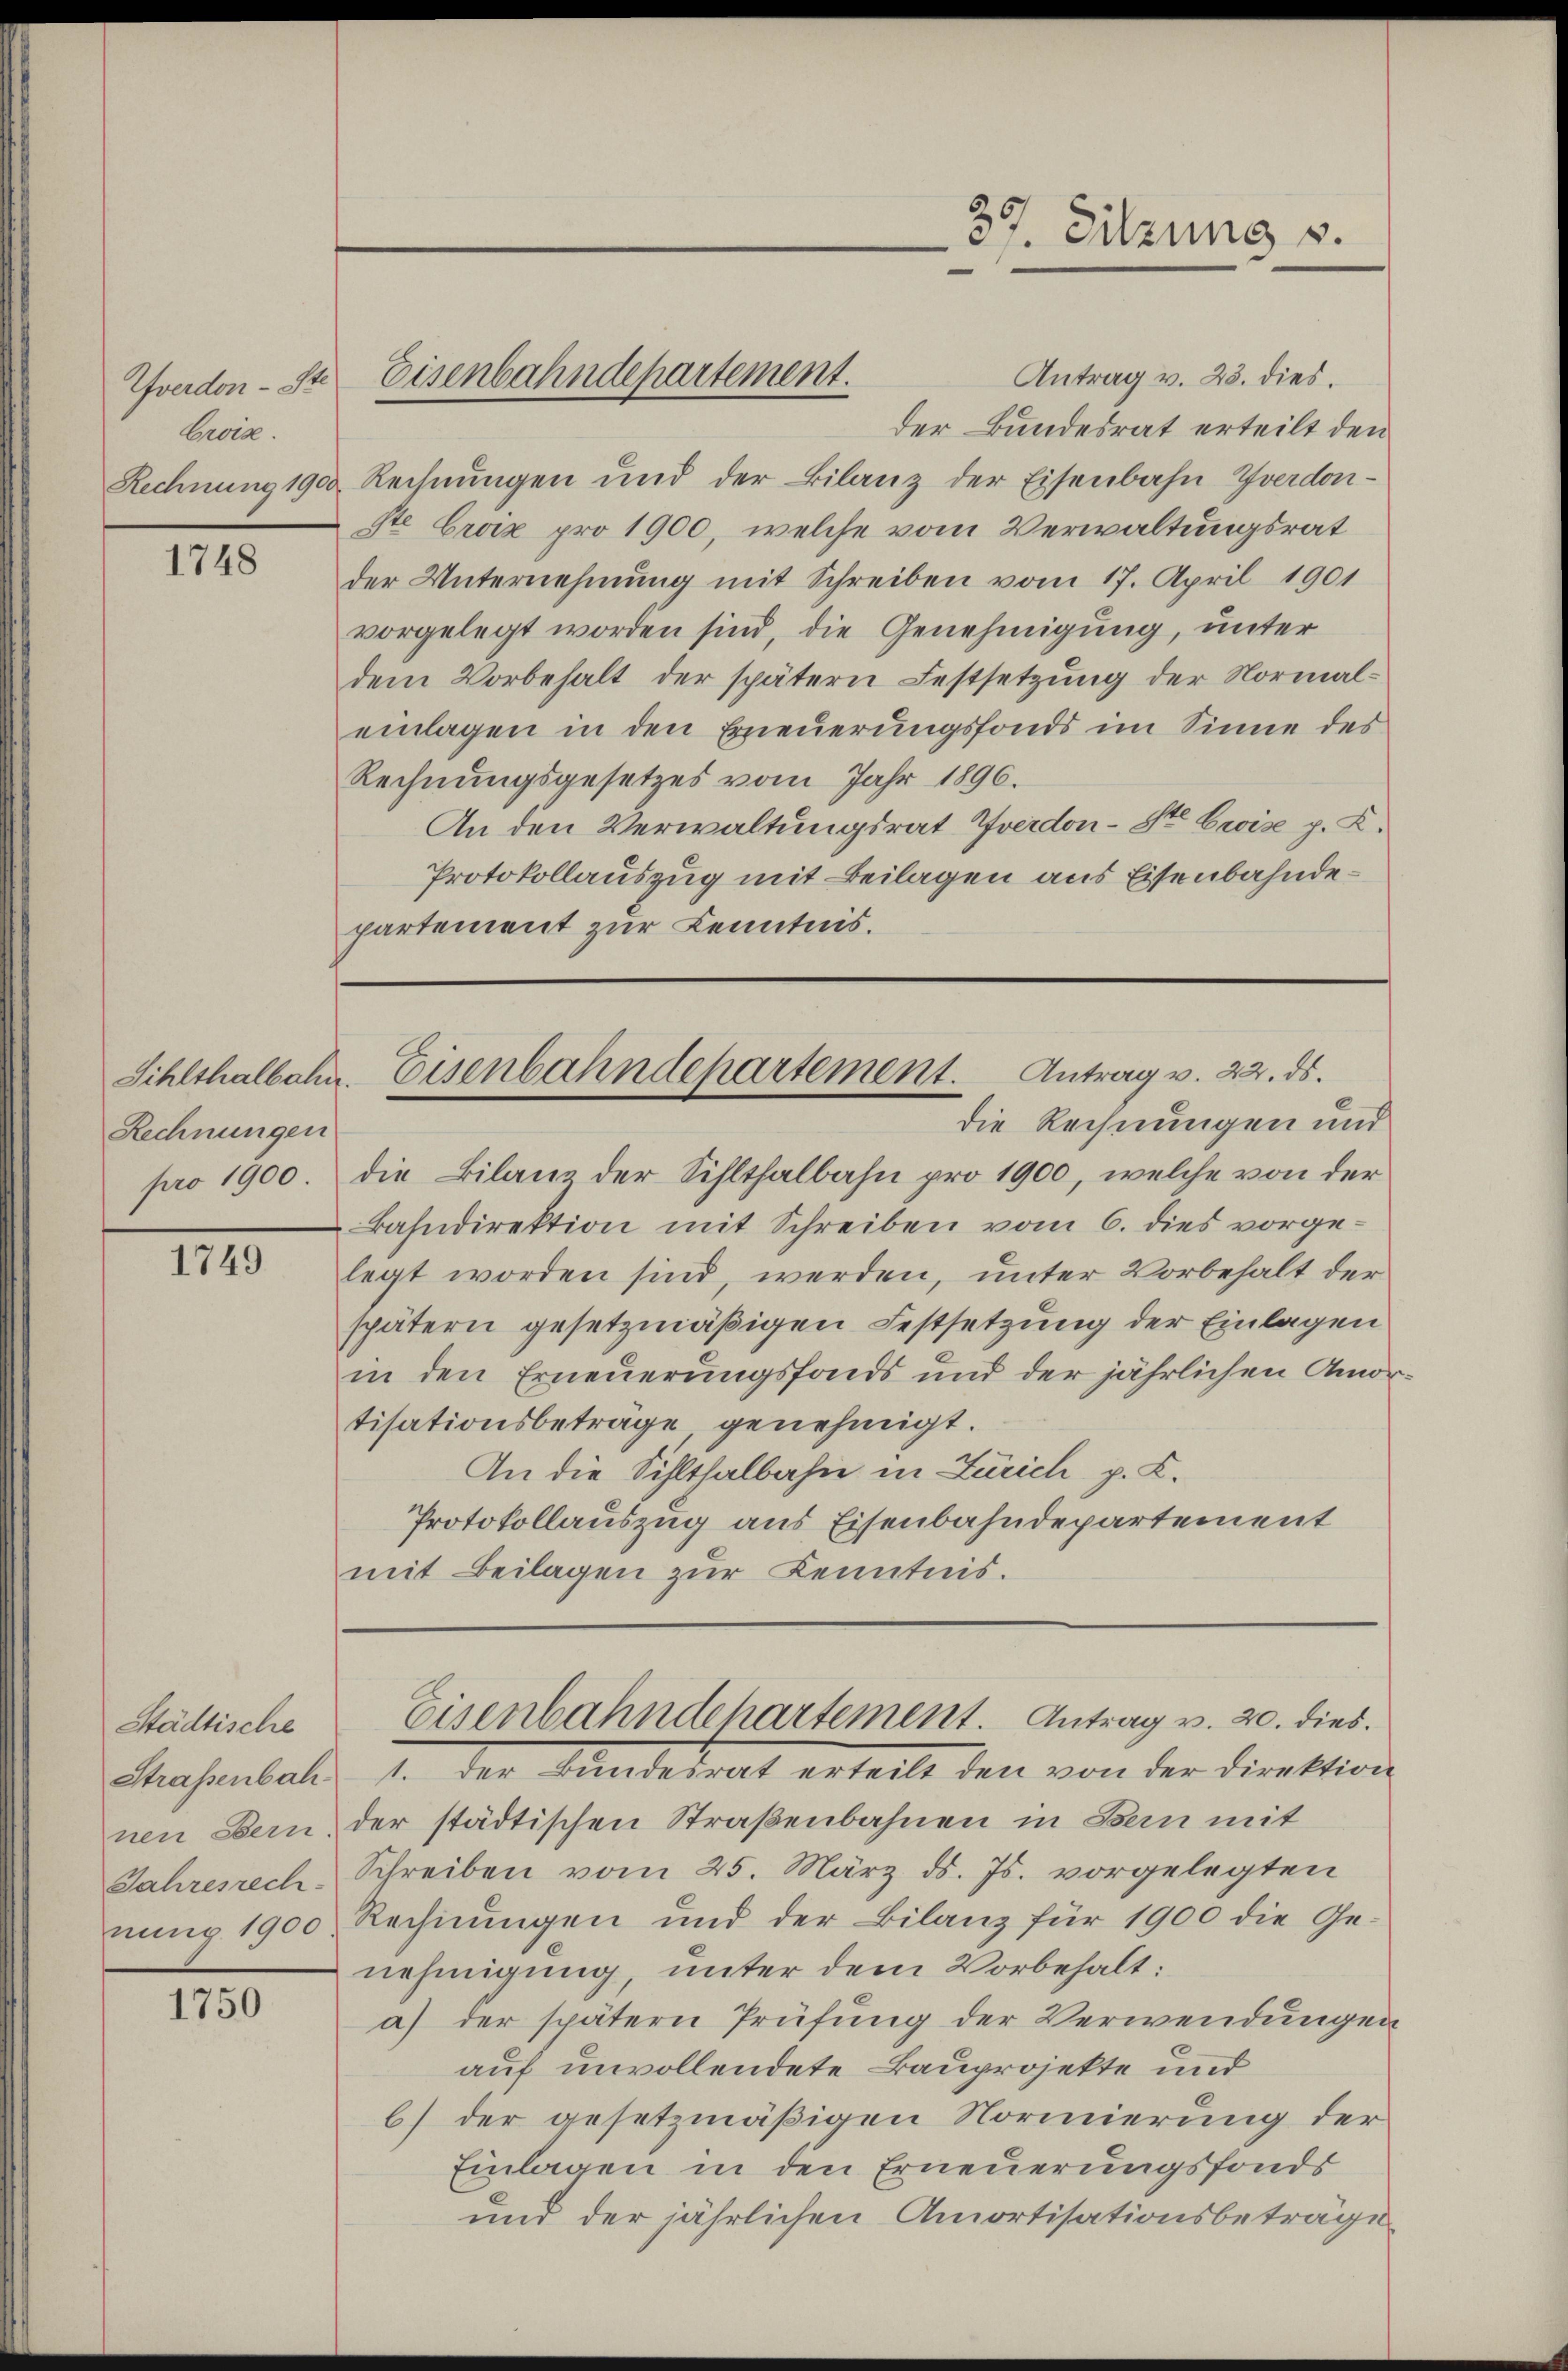
Croix.

1748

Rechnungen
pro 1900.

1749

Städtische
Strassenbah¬

1750

Antrag v. 23. dies.
der Bundesrat erteilt den
Rechnung 1900. Rechnungen und der Bilanz der Eisenbahn Yverdon-
ste Croix pro 1900, welche vom Verwaltungsrat
der Unternehmung mit Schreiben vom 17. April 1901
vorgelegt worden sind, die Genehmigung, unter
dem Vorbehalt der spätern Festsetzung der Normaleinlagen in den Erneuerungsfonds im Sinne des
Rechnungsgesetzes vom Jahr 1896.
An den Verwaltungsrat Yverdon-Ste Crise p. C.
Protokollauszug mit Beilagen aus Eisenbahndepartement zur Kenntnis.

Tfondon - St. Eisenbahndepartement.

37. Sitzung v.

die Bilanz der Sihlthalbahn pro 1900, welche von der
Bahndirektion mit Schreiben vom 6. dies vorgelegt worden sind, werden, unter Vorbehalt der
spätern gesetzmäßigen Festsetzung der Einlagen
in den Erneuerungsfonds und der jährlichen Amor-
tisationsbeträge, genehmigt.
An die Sihlthalbahn in Zürich p. C.
Protokollauszug aus Eisenbahndepartement
mit Beilagen zur Kenntnis.

Sihlthalbahn. Eisenbahndepartement. Antrag v. 22. ds.
die Rechnungen und

I. der Landesrat erteile den von der Direktion
nen Bern der städtischen Straßenbahnen in Bern mit
Jahresrech Schreiben vom 25. März d. Js. vorgelegten
nung 1900 Rechnungen und der Bilanz für 1900 die Ge-
nehmigung, unter dem Vorbehalt:
a) der spätern Prüfung der Verwendungen
auf unvollendete Bauprojekte und
b) der gesetzmäßigen Normierung der
Einlagen in den Erneuerungsfonds
und der jährlichen Amortisationsbeträge

Eisenbahndchartement. Antrag v. 20. dies